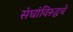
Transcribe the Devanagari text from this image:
संघांविरूद्धचे